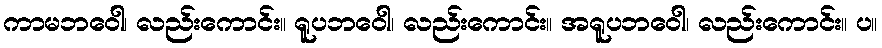
ကာမဘဝေါ၊ လည်းကောင်း။ ရူပဘဝေါ၊ လည်းကောင်း။ အရူပဘဝေါ၊ လည်းကောင်း။ ပ။